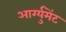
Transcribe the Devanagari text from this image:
आर्ग्युमेंट